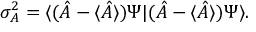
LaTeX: \sigma _ { A } ^ { 2 } = \langle ( { \hat { A } } - \langle { \hat { A } } \rangle ) \Psi | ( { \hat { A } } - \langle { \hat { A } } \rangle ) \Psi \rangle .